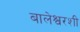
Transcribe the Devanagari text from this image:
बालेश्वरशी